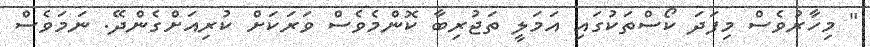
" މިހާރުވެސް މިފަދަ ކޯސްތަކުގައި އަމަލީ ތަޖުރިބާ ކޮންމެވެސް ވަރަކަށް ކުރިއަށްގެންދޭ. ނަމަވެސް